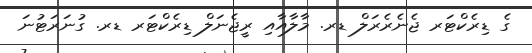
ގެ ޑިރެކްޓަރ ޖެނެރެރަލް ޑރ. މާލާއާއި ރީޖެނަލް ޑިރެކްޓަރ ޑރ. ގުނަރަޓުނަ